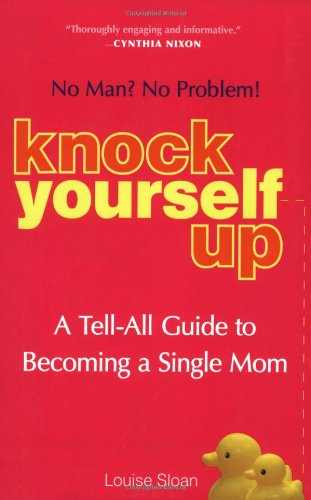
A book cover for Knock Yourself Up: No Man? No Problem: A Tell-All Guide to Becoming a Single Mom; Louise Sloan; Parenting & Relationships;